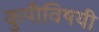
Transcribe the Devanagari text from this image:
कुपीविषयी